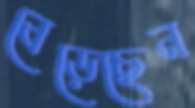
বেড়েছেন